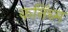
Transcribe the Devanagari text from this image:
कनिंघ्म